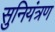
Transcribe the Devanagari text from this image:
सुनियंत्रण